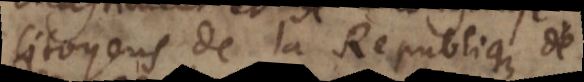
citoyens de la Republique de